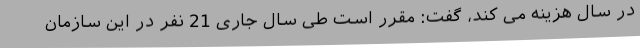
در سال هزینه می کند، گفت: مقرر است طی سال جاری 21 نفر در این سازمان